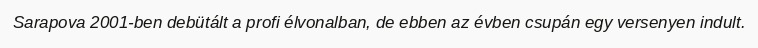
Sarapova 2001-ben debütált a profi élvonalban, de ebben az évben csupán egy versenyen indult.